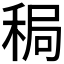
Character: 𫀸